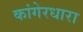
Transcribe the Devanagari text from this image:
कांगेरधारा